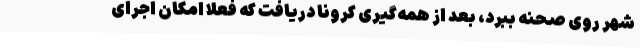
شهر روی صحنه ببرد، بعد از همه‌گیری کرونا دریافت که فعلا امکان اجرای